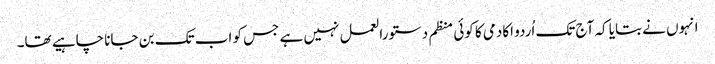
انہوں نے بتایا کہ آج تک اُردو اکادمی کا کوئی منظم دستورالعمل نہیں ہے جس کو اب تک بن جانا چاہیے تھا۔